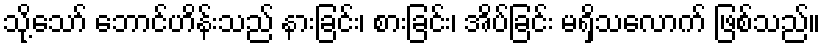
သို့သော် ဘောင်ဟိန်းသည် နားခြင်း၊ စားခြင်း၊ အိပ်ခြင်း မရှိသလောက် ဖြစ်သည်။